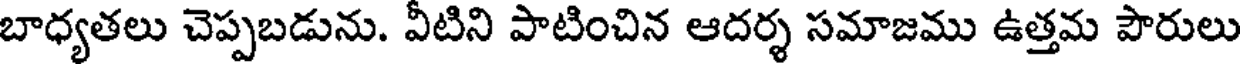
బాధ్యతలు చెప్పబడును. వీటిని పాటించిన ఆదర్శ సమాజము ఉత్తమ పౌరులు